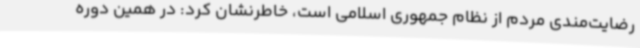
رضایت‌مندی مردم از نظام جمهوری اسلامی است، خاطرنشان کرد: در همین دوره